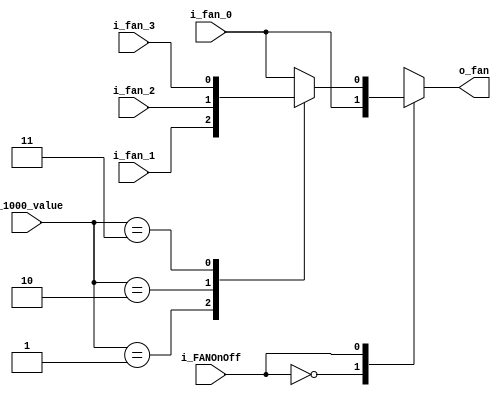
`timescale 1ns / 1ps

module MUX_4x1(
    input i_fan_0, i_fan_1, i_fan_2, i_fan_3,
    input i_FANOnOff,
    input [3:0] i_1000_value,
    output o_fan
    );

    parameter   S_FAN_OFF = 1'b0,
                S_FAN_ON  = 1'b1;

    reg r_fan;
    assign o_fan = r_fan;

    always @(*) begin
        r_fan = i_fan_0;
        case (i_FANOnOff)
            S_FAN_OFF : begin
                r_fan = i_fan_0;
            end
            S_FAN_ON : begin
                case(i_1000_value)
                    1 : r_fan = i_fan_1;
                    2 : r_fan = i_fan_2;
                    3 : r_fan = i_fan_3;
                endcase
            end
        endcase
    end
endmodule